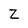
Character: Z